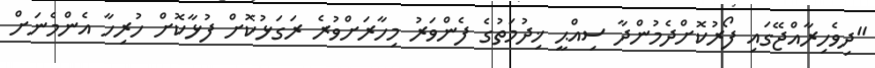
"ދިވެހިރާއްޖޭގައި ފޯރުކޮށްދެމުންދާ ސިއްޙީ ޚިދުމަތުގެ ފެންވަރު މިހާރަށްވުރެ ރަގަޅުކޮށް ފުޅާކޮށް ހުރިހާ އެންމެނަށް